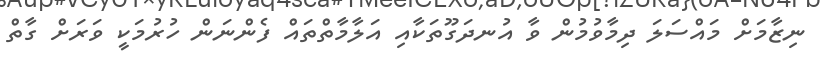
ނިޒާމަށް މައްސަލަ ދިމާވުމުން ވާ އުނދަގޫތަކާއި އަލާމާތްތައް ފެންނަން ހުރުމަކީ ވަރަށް ގާތް